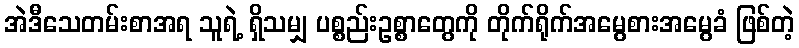
အဲဒီသေတမ်းစာအရ သူရဲ့ ရှိသမျှ ပစ္စည်းဥစ္စာတွေကို တိုက်ရိုက်အမွေစားအမွေခံ ဖြစ်တဲ့